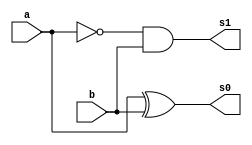
//NOME: Henrique Carvalho Parreira

module operadorMD ( s0, s1, a, b);
output s0, s1;
input a, b;
wire s2;

xor XOR1(s0,a,b);
not NOT1(s2,a);
and AND1(s1,s2,b);

endmodule

module operadorDC ( s0, s1, a, b, v1 );
output s0, s1;
input a, b, v1;
wire s2, s3, s4;

operadorMD MD1(s2,s3,a,b);
operadorMD MD2(s4,s0,s2,v1);
or OR1(s1,s3,s4);

endmodule

module DC3Bits ( s, a, b);
output[3:0]s;
input[2:0]a,b;
wire[1:0]c;

operadorMD MD1(s[0],c[0],a[0],b[0]);
operadorDC DC1(s[1],c[1],a[1],b[1],c[0]);
operadorDC DC2(s[2],s[3],a[2],b[2],c[1]);

endmodule


module testDC;
reg[2:0]a,b;
wire[3:0]s;
integer i,j;

DC3Bits DC3B(s,a,b);

initial begin : start

a=0; b=0;

end

initial begin : main

#1 $display ( " Operador Diferena Completa - 3 Bits " );
#1 $display ( "   a  -  b   =  s   " );
	$monitor ( " %3b  %3b  = %4b ",a,b,s);
	
	for ( i = 0; i < 16; i = i + 1)begin
	 a = i;
	for ( j = 0; j < 16; j = j + 1)begin
	#1 b = j;
	end
	end
				
end

endmodule